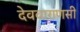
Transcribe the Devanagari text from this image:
देववाराणसी